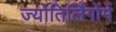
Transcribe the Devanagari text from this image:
ज्योतिर्लिंगोंमें